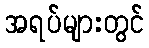
အရပ်များတွင်